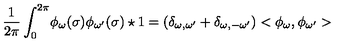
\frac { 1 } { 2 \pi } \int _ { 0 } ^ { 2 \pi } \! \phi _ { \omega } ( \sigma ) \phi _ { \omega ^ { \prime } } ( \sigma ) \star 1 = ( \delta _ { \omega , \omega ^ { \prime } } + \delta _ { \omega , - \omega ^ { \prime } } ) < \phi _ { \omega } , \phi _ { \omega ^ { \prime } } >